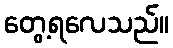
တွေ့ရလေသည်။